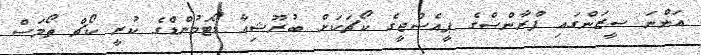
އަންނަ ސީޒަންގައި ފްރާންސްގެ ޕީއެސްޖީގެ ކޯޗަކަށް ބުރޫޝިއާ ޑޯޓަމުންޑްގެ ކުރީ ކޯޗް ތޯމަސް